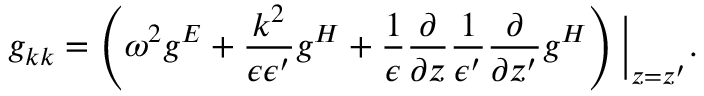
g _ { k k } = \left( \omega ^ { 2 } g ^ { E } + { \frac { k ^ { 2 } } { \epsilon \epsilon ^ { \prime } } } g ^ { H } + { \frac { 1 } { \epsilon } } { \frac { \partial } { \partial z } } { \frac { 1 } { \epsilon ^ { \prime } } } { \frac { \partial } { \partial z ^ { \prime } } } g ^ { H } \right) \bigg | _ { z = z ^ { \prime } } .